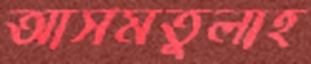
আসমতুলাহ